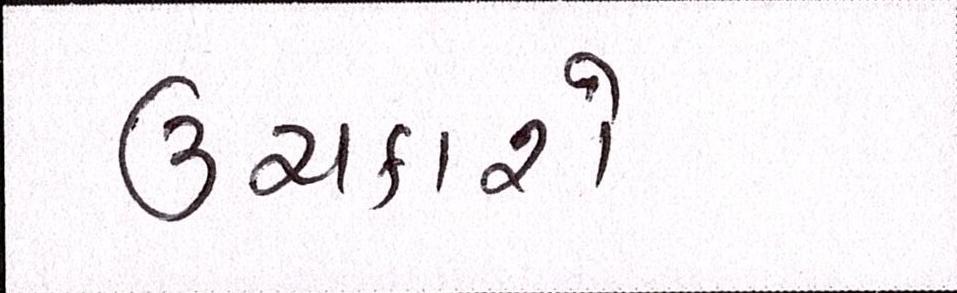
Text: ઉંચકાશે